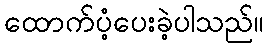
ထောက်ပံ့ပေးခဲ့ပါသည်။